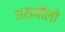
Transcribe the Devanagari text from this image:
असमौली